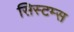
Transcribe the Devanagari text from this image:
सिस्‍टम्स